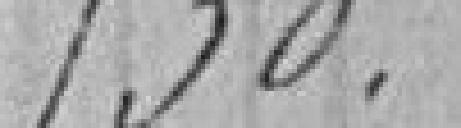
730